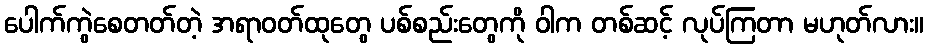
ပေါက်ကွဲစေတတ်တဲ့ အရာဝတ်ထုတွေ ပစ်စည်းတွေကို ဝါက တစ်ဆင့် လုပ်ကြတာ မဟုတ်လား။